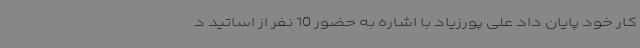
کار خود پایان داد علی پورزیاد با اشاره به حضور 10 نفر از اساتید د